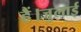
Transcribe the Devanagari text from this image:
हैं।जुलाई